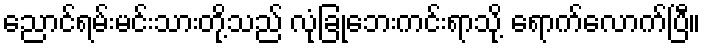
ညောင်ရမ်းမင်းသားတို့သည် လုံခြုံဘေးကင်းရာသို့ ရောက်လောက်ပြီ။